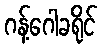
ဂန့်ဂေါခရိုင်